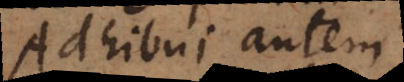
Adhibui autem